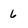
Character: 6